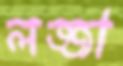
লজ্জা